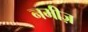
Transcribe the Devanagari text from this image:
नमीज़